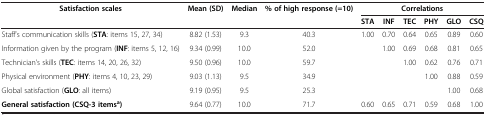
<table><thead><tr><td><b>Satisfaction scales</b></td><td><b>Mean (SD)</b></td><td><b>Median</b></td><td><b>% of high response (=10)</b></td><td colspan="6"><b>Correlations</b></td></tr><tr><td><b> </b></td><td><b> </b></td><td><b> </b></td><td><b> </b></td><td><b>STA</b></td><td><b>INF</b></td><td><b>TEC</b></td><td><b>PHY</b></td><td><b>GLO</b></td><td><b>CSQ</b></td></tr></thead><tbody><tr><td>Staff’s communication skills (<b>STA</b>: items 15, 27, 34)</td><td>8.82 (1.53)</td><td>9.3</td><td>40.3</td><td>1.00</td><td>0.70</td><td>0.64</td><td>0.65</td><td>0.89</td><td>0.60</td></tr><tr><td>Information given by the program (<b>INF</b>: items 5, 12, 16)</td><td>9.34 (0.99)</td><td>10.0</td><td>52.0</td><td> </td><td>1.00</td><td>0.69</td><td>0.68</td><td>0.81</td><td>0.65</td></tr><tr><td>Technician’s skills (<b>TEC</b>: items 14, 20, 26, 32)</td><td>9.50 (0.96)</td><td>10.0</td><td>59.7</td><td> </td><td> </td><td>1.00</td><td>0.62</td><td>0.76</td><td>0.71</td></tr><tr><td>Physical environment (<b>PHY</b>: items 4, 10, 23, 29)</td><td>9.03 (1.13)</td><td>9.5</td><td>34.9</td><td> </td><td> </td><td> </td><td>1.00</td><td>0.88</td><td>0.59</td></tr><tr><td>Global satisfaction (<b>GLO</b>: all items)</td><td>9.19 (0.95)</td><td>9.5</td><td>25.3</td><td> </td><td> </td><td> </td><td> </td><td>1.00</td><td>0.68</td></tr><tr><td><b>General satisfaction (CSQ-3 items</b><sup><b>a</b></sup><b>)</b></td><td>9.64 (0.77)</td><td>10.0</td><td>71.7</td><td>0.60</td><td>0.65</td><td>0.71</td><td>0.59</td><td>0.68</td><td>1.00</td></tr></tbody></table>